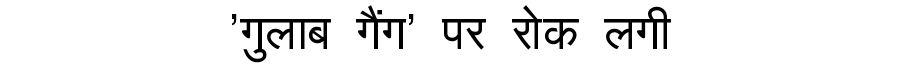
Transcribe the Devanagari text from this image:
'गुलाब गैंग' पर रोक लगी